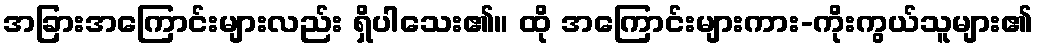
အခြားအကြောင်းများလည်း ရှိပါသေး၏။ ထို အကြောင်းများကား-ကိုးကွယ်သူများ၏